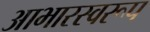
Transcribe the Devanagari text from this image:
आभारस्वरूप